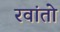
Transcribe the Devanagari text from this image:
रवांतो